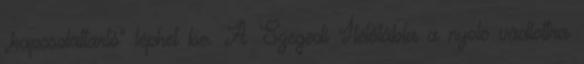
„kapcsolattartó" léphet be. A Szegedi Ítélőtábla a nyolc vádlottra